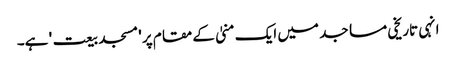
انہی تاریخی مساجد میں ایک منیٰ کے مقام پر 'مسجد بیعت' ہے۔